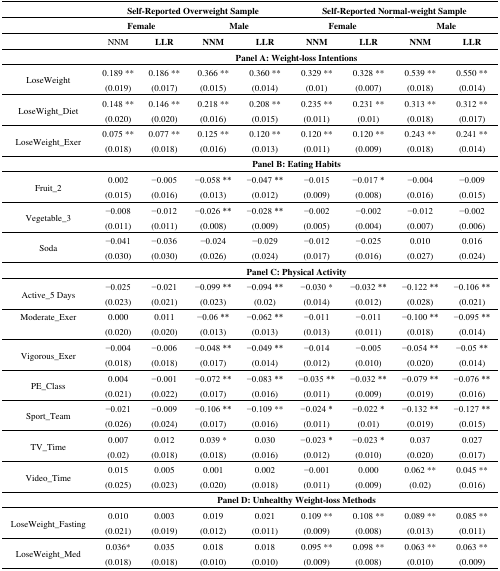
<table><thead><tr><td></td><td colspan="4"><b>Self-Reported Overweight Sample</b></td><td colspan="4"><b>Self-Reported Normal-weight Sample</b></td></tr><tr><td></td><td colspan="2"><b>Female</b></td><td colspan="2"><b>Male</b></td><td colspan="2"><b>Female</b></td><td colspan="2"><b>Male</b></td></tr><tr><td></td><td><b>NNM</b></td><td><b>LLR</b></td><td><b>NNM</b></td><td><b>LLR</b></td><td><b>NNM</b></td><td><b>LLR</b></td><td><b>NNM</b></td><td><b>LLR</b></td></tr></thead><tbody><tr><td></td><td colspan="8"><b>Panel A: Weight-loss Intentions</b></td></tr><tr><td rowspan="2">LoseWeight</td><td>0.189 **</td><td>0.186 **</td><td>0.366 **</td><td>0.360 **</td><td>0.329 **</td><td>0.328 **</td><td>0.539 **</td><td>0.550 **</td></tr><tr><td>(0.019)</td><td>(0.017)</td><td>(0.015)</td><td>(0.014)</td><td>(0.01)</td><td>(0.007)</td><td>(0.018)</td><td>(0.014)</td></tr><tr><td rowspan="2">LoseWight_Diet</td><td>0.148 **</td><td>0.146 **</td><td>0.218 **</td><td>0.208 **</td><td>0.235 **</td><td>0.231 **</td><td>0.313 **</td><td>0.312 **</td></tr><tr><td>(0.020)</td><td>(0.020)</td><td>(0.016)</td><td>(0.015)</td><td>(0.011)</td><td>(0.01)</td><td>(0.018)</td><td>(0.017)</td></tr><tr><td rowspan="2">LoseWeight_Exer</td><td>0.075 **</td><td>0.077 **</td><td>0.125 **</td><td>0.120 **</td><td>0.120 **</td><td>0.120 **</td><td>0.243 **</td><td>0.241 **</td></tr><tr><td>(0.018)</td><td>(0.018)</td><td>(0.016)</td><td>(0.013)</td><td>(0.011)</td><td>(0.009)</td><td>(0.018)</td><td>(0.014)</td></tr><tr><td></td><td colspan="8"><b>Panel B: Eating Habits</b></td></tr><tr><td rowspan="2">Fruit_2</td><td>0.002</td><td>−0.005</td><td>−0.058 **</td><td>−0.047 **</td><td>−0.015</td><td>−0.017 *</td><td>−0.004</td><td>−0.009</td></tr><tr><td>(0.015)</td><td>(0.016)</td><td>(0.013)</td><td>(0.012)</td><td>(0.009)</td><td>(0.008)</td><td>(0.016)</td><td>(0.015)</td></tr><tr><td rowspan="2">Vegetable_3</td><td>−0.008</td><td>−0.012</td><td>−0.026 **</td><td>−0.028 **</td><td>−0.002</td><td>−0.002</td><td>−0.012</td><td>−0.002</td></tr><tr><td>(0.011)</td><td>(0.011)</td><td>(0.008)</td><td>(0.009)</td><td>(0.005)</td><td>(0.004)</td><td>(0.007)</td><td>(0.006)</td></tr><tr><td rowspan="2">Soda</td><td>−0.041</td><td>−0.036</td><td>−0.024</td><td>−0.029</td><td>−0.012</td><td>−0.025</td><td>0.010</td><td>0.016</td></tr><tr><td>(0.030)</td><td>(0.030)</td><td>(0.026)</td><td>(0.024)</td><td>(0.017)</td><td>(0.016)</td><td>(0.027)</td><td>(0.024)</td></tr><tr><td></td><td colspan="8"><b>Panel C: Physical Activity</b></td></tr><tr><td rowspan="2">Active_5 Days</td><td>−0.025</td><td>−0.021</td><td>−0.099 **</td><td>−0.094 **</td><td>−0.030 *</td><td>−0.032 **</td><td>−0.122 **</td><td>−0.106 **</td></tr><tr><td>(0.023)</td><td>(0.021)</td><td>(0.023)</td><td>(0.02)</td><td>(0.014)</td><td>(0.012)</td><td>(0.028)</td><td>(0.021)</td></tr><tr><td rowspan="2">Moderate_Exer</td><td>0.000</td><td>0.011</td><td>−0.06 **</td><td>−0.062 **</td><td>−0.011</td><td>−0.011</td><td>−0.100 **</td><td>−0.095 **</td></tr><tr><td>(0.020)</td><td>(0.020)</td><td>(0.013)</td><td>(0.013)</td><td>(0.013)</td><td>(0.011)</td><td>(0.018)</td><td>(0.014)</td></tr><tr><td rowspan="2">Vigorous_Exer</td><td>−0.004</td><td>−0.006</td><td>−0.048 **</td><td>−0.049 **</td><td>−0.014</td><td>−0.005</td><td>−0.054 **</td><td>−0.05 **</td></tr><tr><td>(0.018)</td><td>(0.018)</td><td>(0.017)</td><td>(0.014)</td><td>(0.012)</td><td>(0.010)</td><td>(0.020)</td><td>(0.014)</td></tr><tr><td rowspan="2">PE_Class</td><td>0.004</td><td>−0.001</td><td>−0.072 **</td><td>−0.083 **</td><td>−0.035 **</td><td>−0.032 **</td><td>−0.079 **</td><td>−0.076 **</td></tr><tr><td>(0.021)</td><td>(0.022)</td><td>(0.017)</td><td>(0.016)</td><td>(0.011)</td><td>(0.009)</td><td>(0.019)</td><td>(0.016)</td></tr><tr><td rowspan="2">Sport_Team</td><td>−0.021</td><td>−0.009</td><td>−0.106 **</td><td>−0.109 **</td><td>−0.024 *</td><td>−0.022 *</td><td>−0.132 **</td><td>−0.127 **</td></tr><tr><td>(0.026)</td><td>(0.024)</td><td>(0.017)</td><td>(0.016)</td><td>(0.011)</td><td>(0.01)</td><td>(0.019)</td><td>(0.015)</td></tr><tr><td rowspan="2">TV_Time</td><td>0.007</td><td>0.012</td><td>0.039 *</td><td>0.030</td><td>−0.023 *</td><td>−0.023 *</td><td>0.037</td><td>0.027</td></tr><tr><td>(0.02)</td><td>(0.018)</td><td>(0.018)</td><td>(0.016)</td><td>(0.012)</td><td>(0.010)</td><td>(0.020)</td><td>(0.017)</td></tr><tr><td rowspan="2">Video_Time</td><td>0.015</td><td>0.005</td><td>0.001</td><td>0.002</td><td>−0.001</td><td>0.000</td><td>0.062 **</td><td>0.045 **</td></tr><tr><td>(0.025)</td><td>(0.023)</td><td>(0.020)</td><td>(0.018)</td><td>(0.011)</td><td>(0.009)</td><td>(0.02)</td><td>(0.016)</td></tr><tr><td></td><td colspan="8"><b>Panel D: Unhealthy Weight-loss Methods</b></td></tr><tr><td rowspan="2">LoseWeight_Fasting</td><td>0.010</td><td>0.003</td><td>0.019</td><td>0.021</td><td>0.109 **</td><td>0.108 **</td><td>0.089 **</td><td>0.085 **</td></tr><tr><td>(0.021)</td><td>(0.019)</td><td>(0.012)</td><td>(0.011)</td><td>(0.009)</td><td>(0.008)</td><td>(0.013)</td><td>(0.011)</td></tr><tr><td rowspan="2">LoseWeight_Med</td><td>0.036*</td><td>0.035</td><td>0.018</td><td>0.018</td><td>0.095 **</td><td>0.098 **</td><td>0.063 **</td><td>0.063 **</td></tr><tr><td>(0.018)</td><td>(0.018)</td><td>(0.010)</td><td>(0.010)</td><td>(0.009)</td><td>(0.008)</td><td>(0.010)</td><td>(0.009)</td></tr></tbody></table>